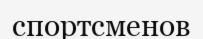
спортсменов